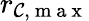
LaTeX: r_{\mathcal{C},\mathrm{{~m~a~x~}}}